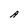
Character: A